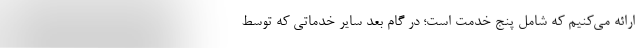
ارائه می‌کنیم که شامل پنج خدمت است؛ در گام بعد سایر خدماتی که توسط